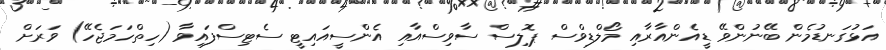
އަޅުގަނޑުމެން ބޭނުންވޭ ޑީއެންއާރާއި މޯލްޑިވްސް ޕޮލިސް ސާވިސްއާއި އެންސީއައިޓީ ސެޓިސްފައިވާ (ހިތްހަމަޖެހޭ) ވަރަށް